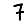
Digit: 7